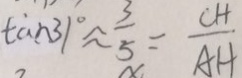
\tan 3 1 ^ { \circ } \approx \frac { 3 } { 5 } = \frac { C H } { A H }